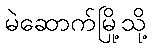
မဲဆောက်မြို့သို့